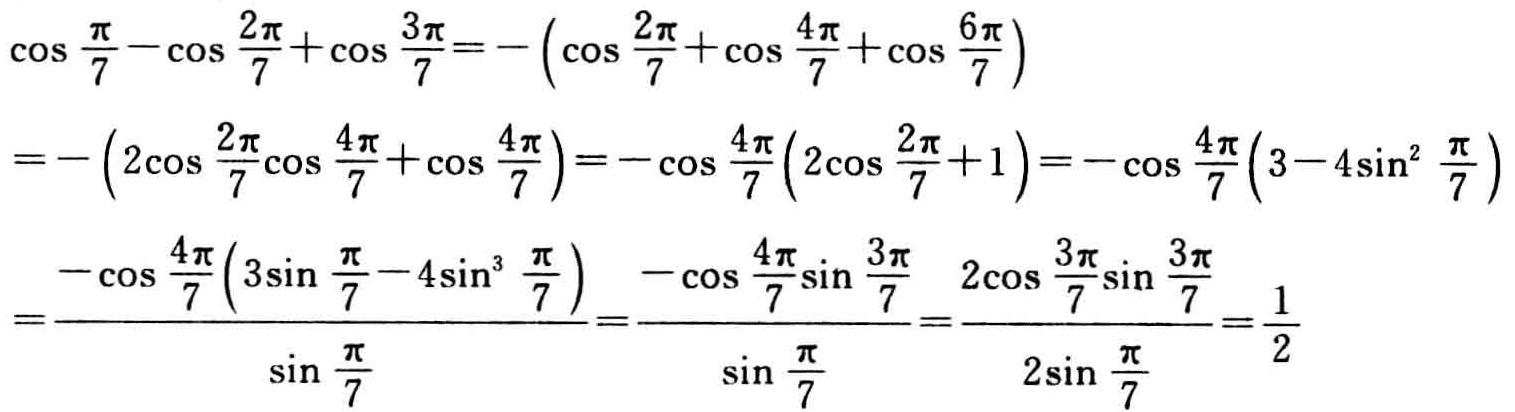
\[\begin{align*}

&\cos\frac{\pi}{7}-\cos\frac{2\pi}{7}+\cos\frac{3\pi}{7}=-\left(\cos\frac{2\pi}{7}+\cos\frac{4\pi}{7}+\cos\frac{6\pi}{7}\right)\\

=&-\left(2\cos\frac{2\pi}{7}\cos\frac{4\pi}{7}+\cos\frac{4\pi}{7}\right)=-\cos\frac{4\pi}{7}\left(2\cos\frac{2\pi}{7}+1\right)=-\cos\frac{4\pi}{7}\left(3 - 4\sin^{2}\frac{\pi}{7}\right)\\

=&\frac{-\cos\frac{4\pi}{7}\left(3\sin\frac{\pi}{7}-4\sin^{3}\frac{\pi}{7}\right)}{\sin\frac{\pi}{7}}=\frac{-\cos\frac{4\pi}{7}\sin\frac{3\pi}{7}}{\sin\frac{\pi}{7}}=\frac{2\cos\frac{3\pi}{7}\sin\frac{3\pi}{7}}{2\sin\frac{\pi}{7}}=\frac{1}{2}

\end{align*}\]